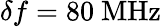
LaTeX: \delta f=80~\mathrm{{MHz}}